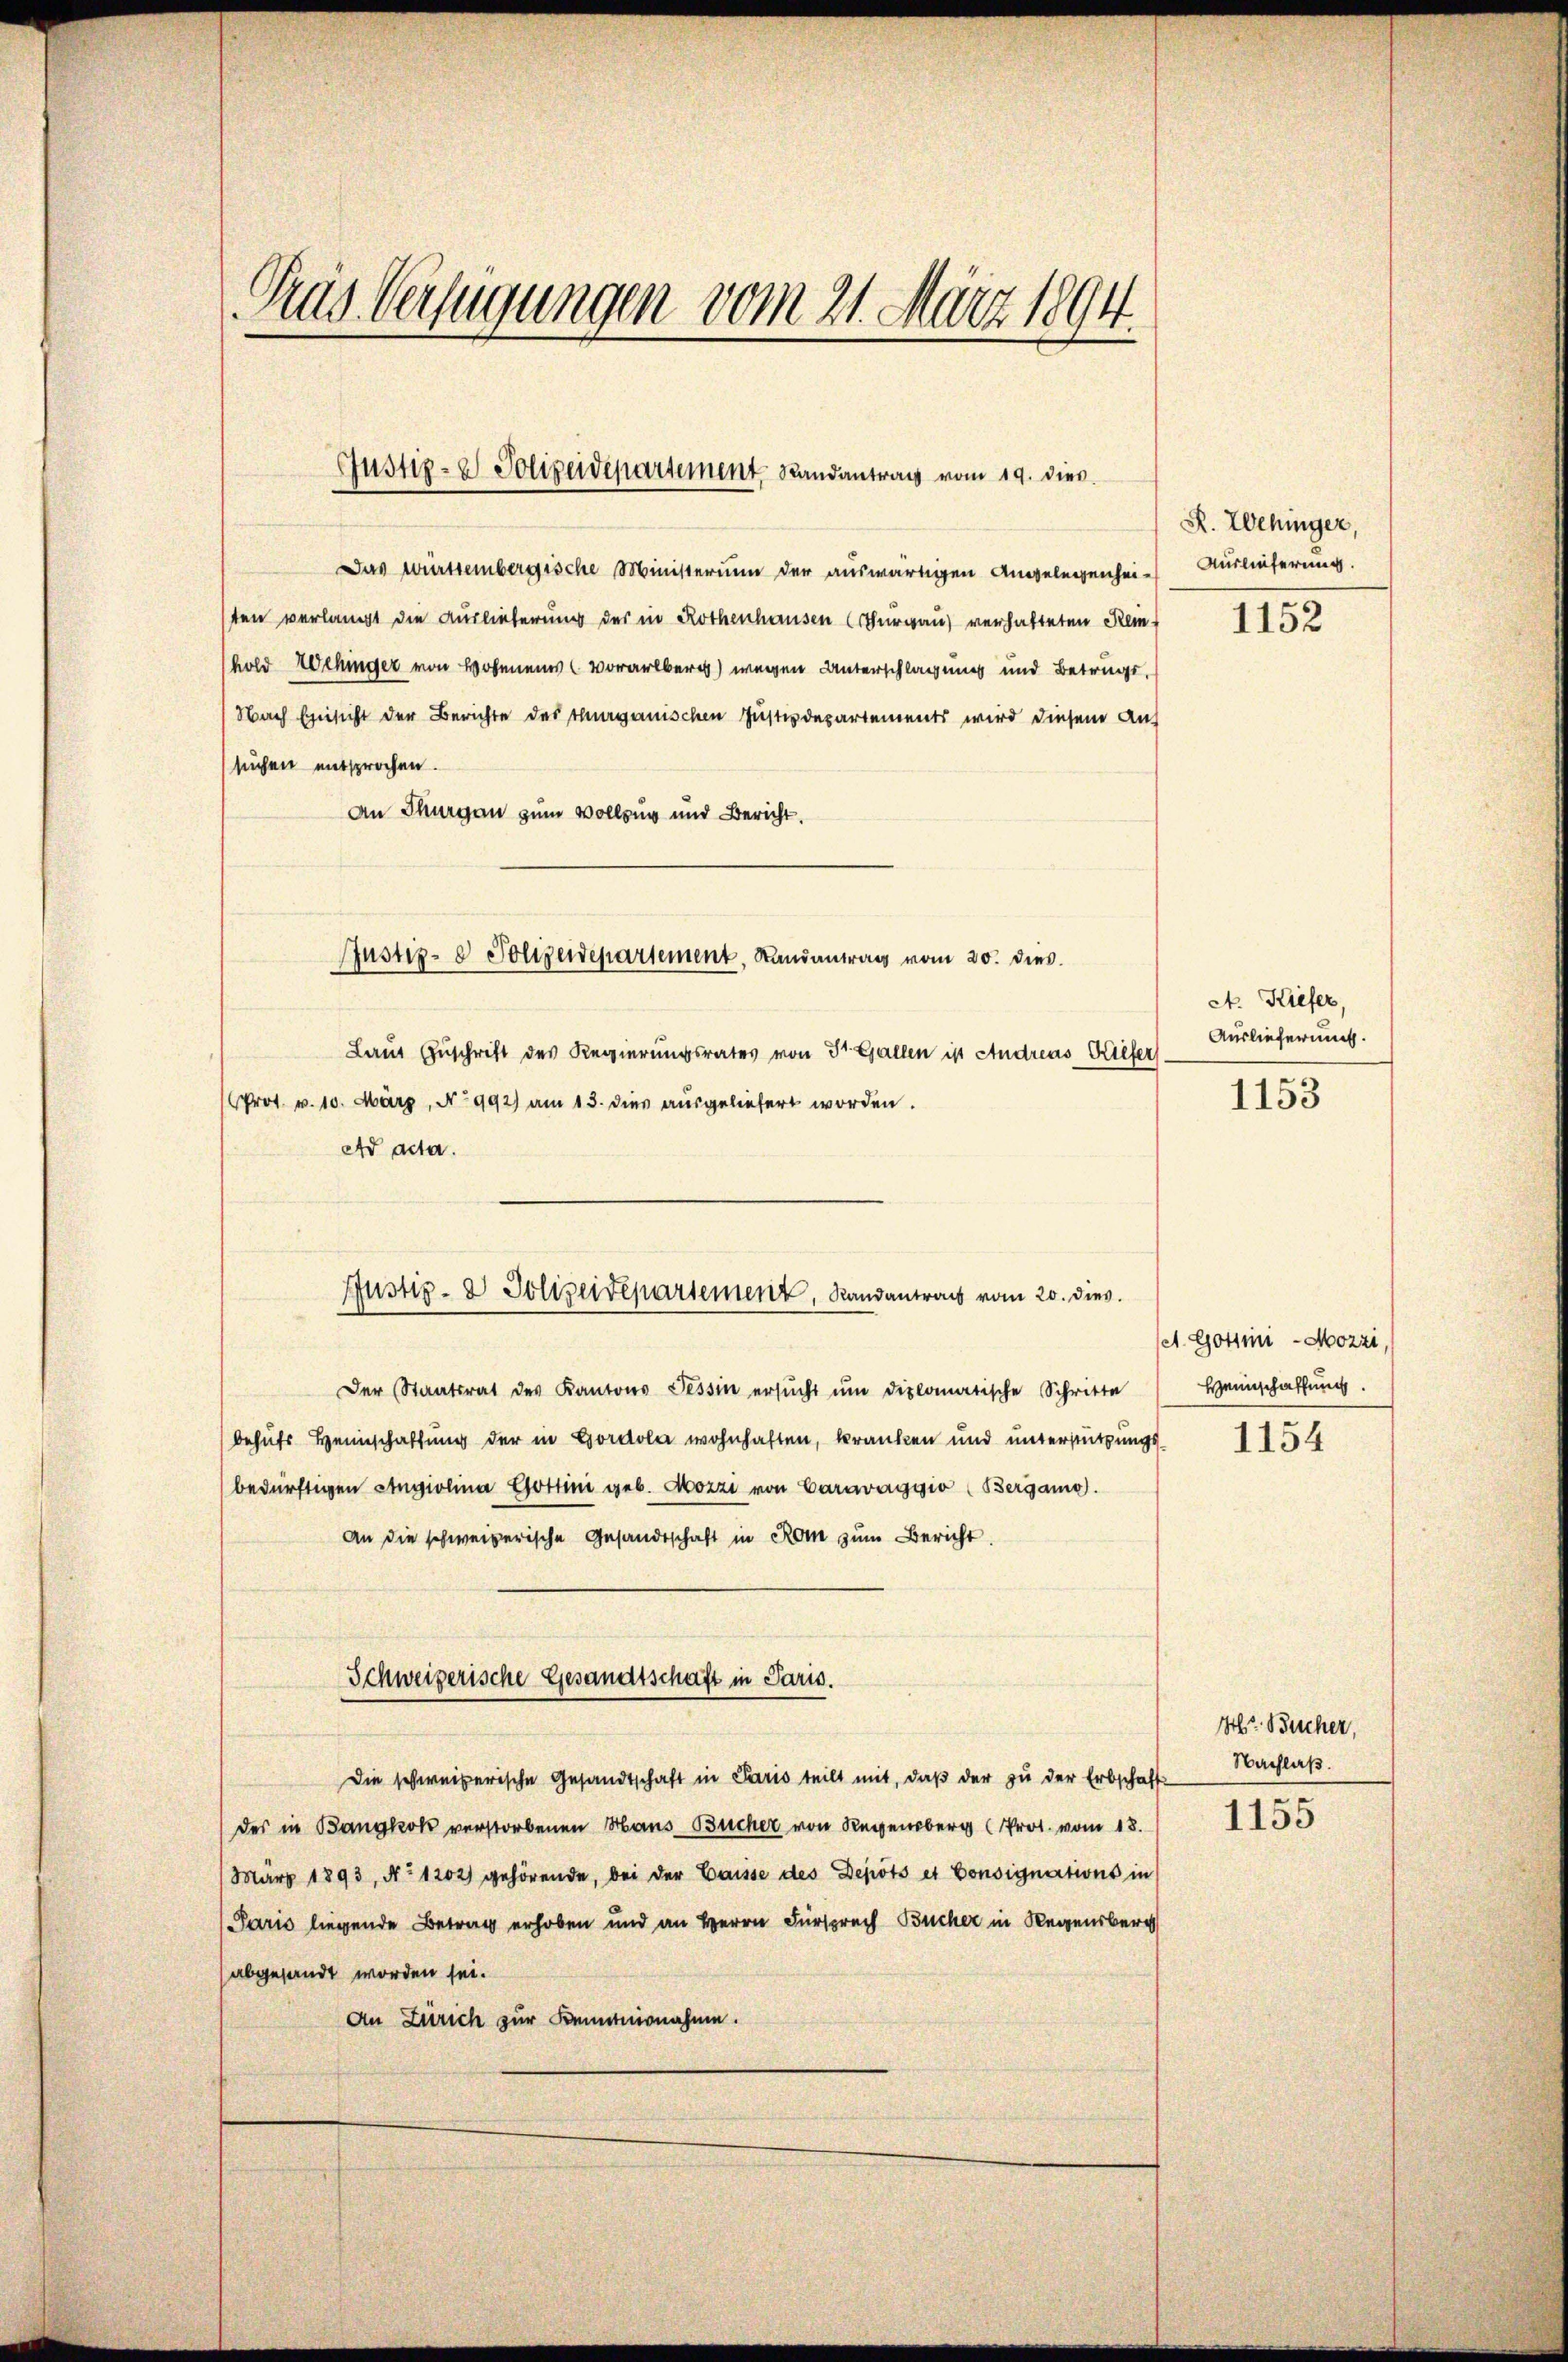
Tras Verfügungen vom 21. März 1894

Justiz- & Polizeidepartement Landantrag vom 19. dies

Justiz- & Polizeidepartement, Randantrag vom 20. dies

Justiz- & Polizeidepartement, Randantrag vom 20. dies

Das württembergische Ministerium der auswärtigen Angelegenhei- Auslieferung
sten verlangt die Auslieferung der in Rothenhausen (Thurgau) verhafteten Rem-
hold Wehinger von Hohen Vorarlberg) wegen Unterschlagung und Betrugs,
Nach Einsicht der Berichte des Thurganischen Justizdepartements wird diesem Auf
suchen entsprochen.
An Thurgau zum Vollzug und Bericht.
Laut Zuschrift des Regierungsrates von St. Gallen ist Andreas Kiefer
Prot. v. 10. März, No 992) am 13. dies ausgeliefert worden.
Ad acta.
Der Staatsrat des Kantons Tessin ersŭcht ŭm diplomatische Schritte
behufs Heimschaffung der in Gordola wohnhaften, kranken und unterstützungsbedürftigen Angiolina Gottini geb. Mozzi von Caravaggio (Bergamo).
An die schweizerische Gesandtschaft in Rom zum Bericht
Schweizerische Gesandtschaft in Paris.
Die schweizerische Gesandtschaft in Paris teilt mit, daβ der zŭ der Erbschaft Nachlaβ.
des in Bangkok verstorbenen Haus Bucher von Regener Prot. vom 18.
März 1893, No 1202) gehörende, bei der Gaisse des Depots et Consignations in
Paris liegende Betrag erhoben und an Herrn Fürsprach Bücher in Regensberg
abgesandt worden sei.
An Zürich zur Kenntnisnahme.

R. Wehinger,

1152

ct. Kiefer,
Auslieferung.

1153

A. Gottini-Mozzi,
Heimschaffung.

1154

Hr Bücher,

1155